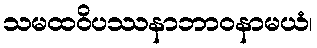
သမထဝိပဿနာဘာဝနာမယံ၊